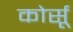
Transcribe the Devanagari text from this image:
कोर्सू